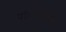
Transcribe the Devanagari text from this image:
पांडोबांबरोबर